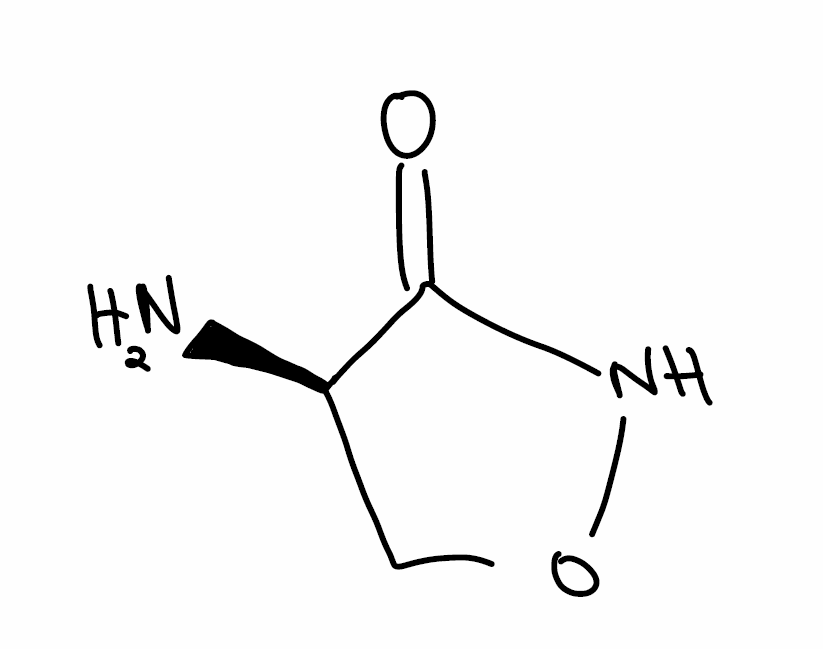
Simplified molecular-input line-entry system (SMILES) notation of the given molecule:
C1[C@H](C(=O)NO1)N